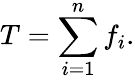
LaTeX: T=\sum_{i=1}^{n}f_{i}.